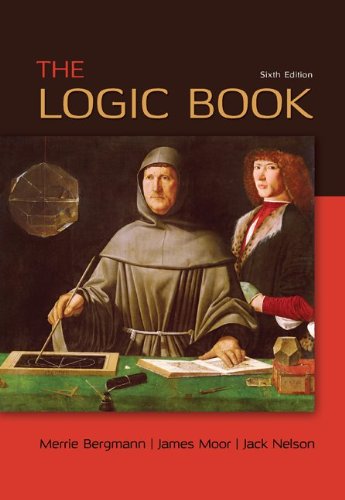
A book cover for The Logic Book; Merrie Bergmann; Politics & Social Sciences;